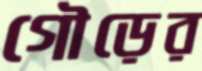
গৌড়ের